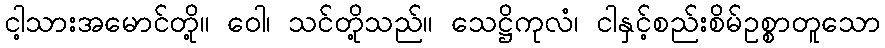
ငါ့သားအမောင်တို့။ ဝေါ၊ သင်တို့သည်။ သေဋ္ဌိကုလံ၊ ငါနှင့်စည်းစိမ်ဥစ္စာတူသော